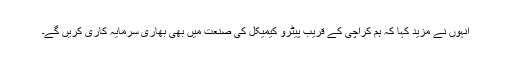
انہوں نے مزید کہا کہ ہم کراچی کے قریب پیٹرو کیمیکل کی صنعت میں بھی بھاری سرمایہ کاری کریں گے۔